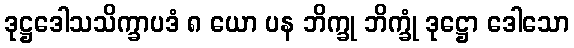
ဒုဋ္ဌဒေါသသိက္ခာပဒံ ၈ ယော ပန ဘိက္ခု ဘိက္ခုံ ဒုဋ္ဌော ဒေါသော